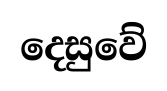
දෙසුවේ